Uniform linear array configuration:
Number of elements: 8
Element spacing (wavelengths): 0.25
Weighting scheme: exponential
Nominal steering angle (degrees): -45
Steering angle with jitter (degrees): -46.792
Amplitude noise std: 0.05
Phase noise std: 0.05

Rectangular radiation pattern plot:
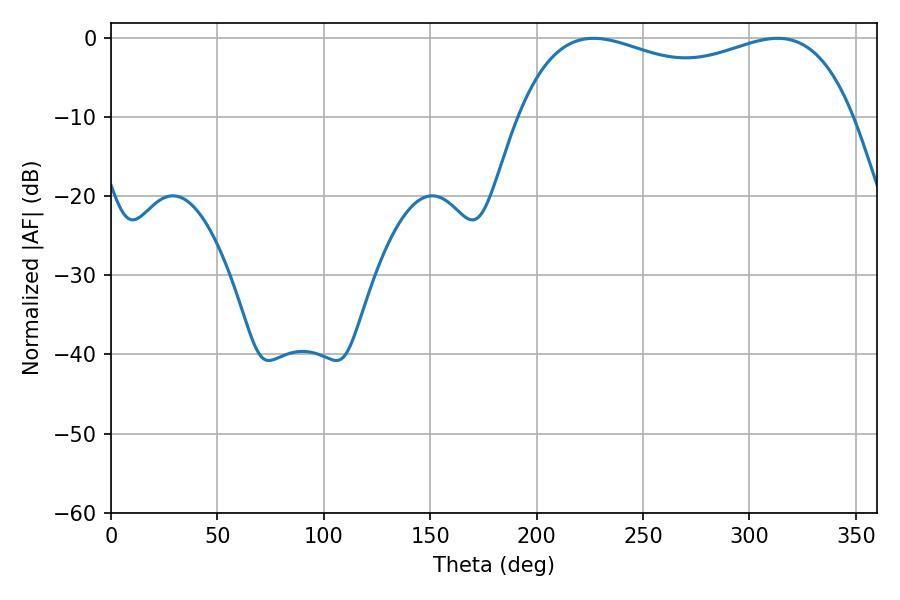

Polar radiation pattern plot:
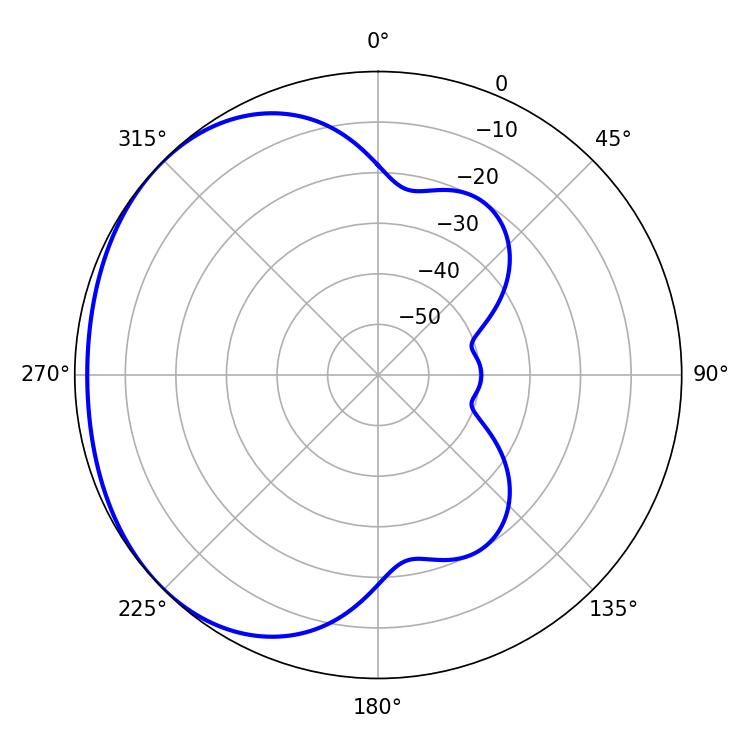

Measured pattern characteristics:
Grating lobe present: FALSE
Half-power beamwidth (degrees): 129.24
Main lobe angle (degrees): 226.8